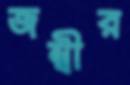
জম্বীর